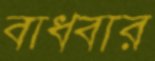
বাধবার